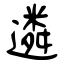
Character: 遴